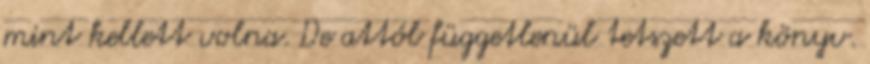
mint kellett volna. De attól függetlenül tetszett a könyv.